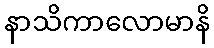
နာသိကာလောမာနိ